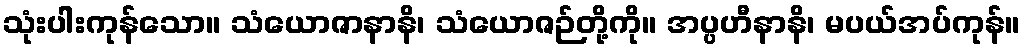
သုံးပါးကုန်သော။ သံယောဇာနာနိ၊ သံယောဇဉ်တို့ကို။ အပ္ပဟီနာနိ၊ မပယ်အပ်ကုန်။